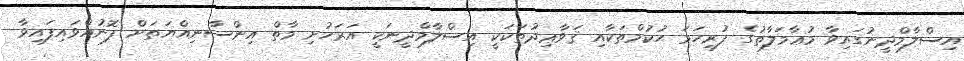
އިސްލާމްދީނުގައިވާ މުޢާމަލާތުގެ ފުރިހަމަ ޙުކުމްތަކާއި ޤަވާޢިދުތަކަކީ އިސްލާމްދީނަކީ އަރަހުށި މާތް އިންސާނިއްޔަތަށް ފޮނުއްވައިފައިވާ